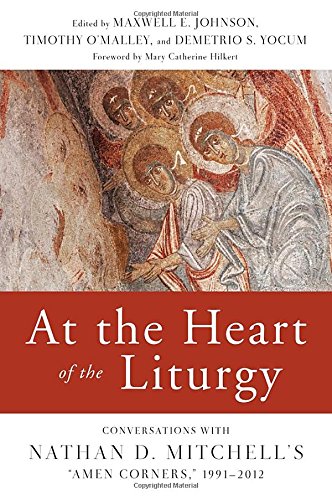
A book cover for At the Heart of the Liturgy: Conversations with Nathan D. Mitchell's "Amen Corners," 1991-2012; Law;